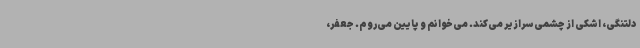
دلتنگی، اشکی از چشمی سرازیر می‌کند. می‌خوانم و پایین می‌روم. جعفر،